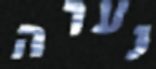
נערה